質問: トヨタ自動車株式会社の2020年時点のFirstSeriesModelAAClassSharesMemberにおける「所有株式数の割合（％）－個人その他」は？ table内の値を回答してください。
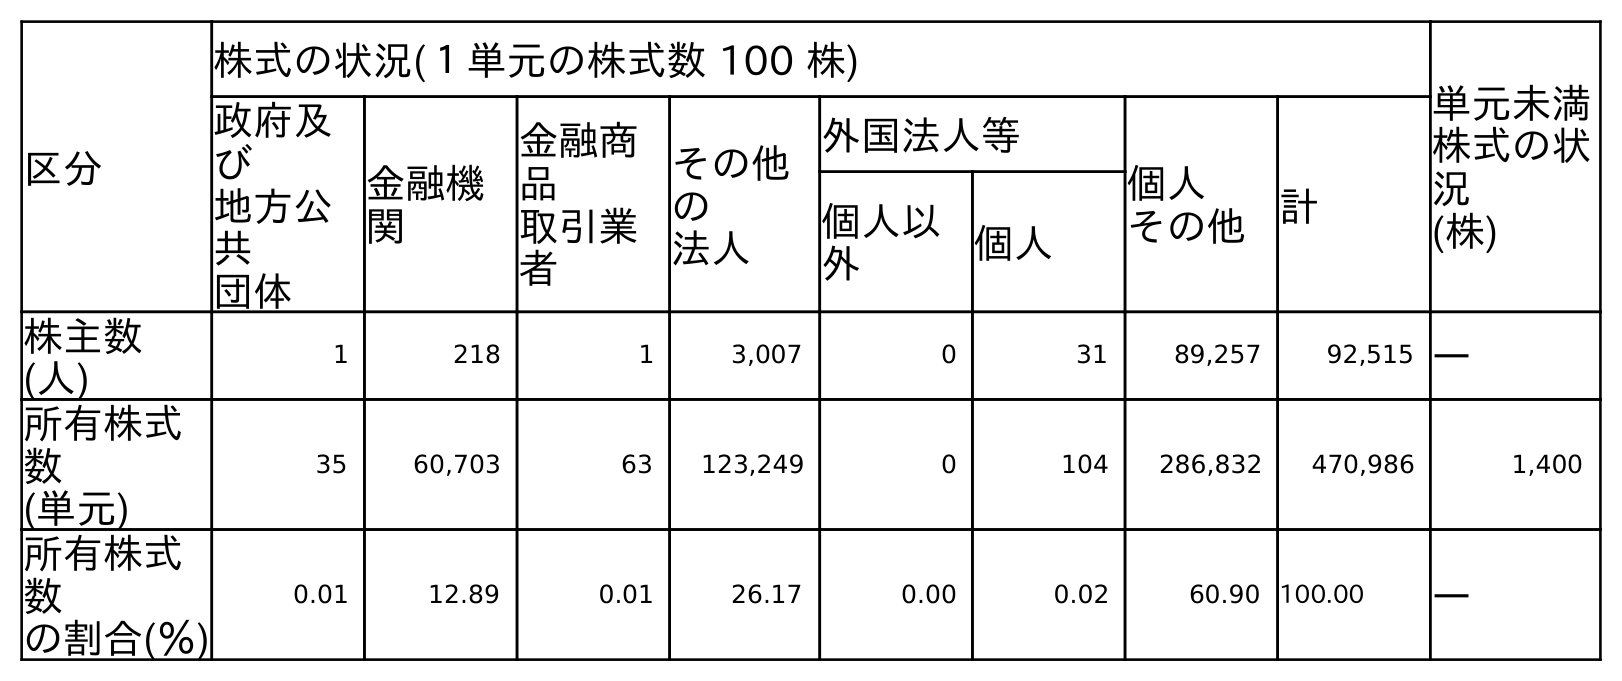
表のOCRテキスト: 区分 株式の状況(１単元の株式数 100 株) 単元未満 株式の状 況 (株) 政府及 び 地方公 共 団体 金融機 関 金融商 品 取引業 者 その他 の 法人 外国法人等 個人 その他 計 個人以 外 個人 株主数 (人) 1 218 1 3,007 0 31 89,257 92,515 ― 所有株式 数 (単元) 35 60,703 63 123,249 0 104 286,832 470,986 1,400 所有株式 数 の割合(％) 0.01 12.89 0.01 26.17 0.00 0.02 60.90 100.00 ―
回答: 60.90